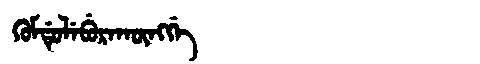
Manchu: ᡴᡠᠮᡩᡠᠯᡝᠪᡠᡵᠠᡴᡡᠩᡤᡝ
Romanization: KUMDULEBURAKŪNGGE